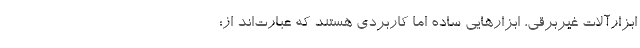
ابزارآلات غیربرقی، ابزارهایی ساده اما کاربردی هستند که عبارت‌اند از: